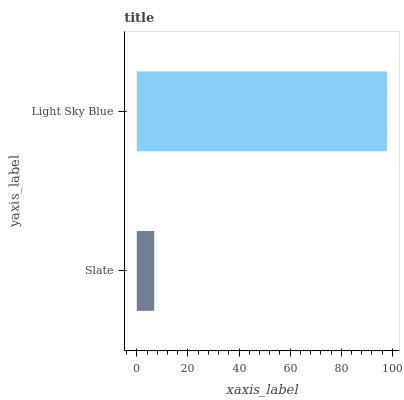
| yaxis_label | bars |
 | --- | --- |
 | Slate | 6.81 |
 | Light Sky Blue | 97.9 |